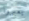
يعبروا